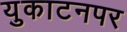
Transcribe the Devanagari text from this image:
युकाटनपर